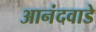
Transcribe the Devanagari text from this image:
आनंदवाडे